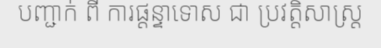
បញ្ជាក់ ពី ការផ្តន្ទាទោស ជា ប្រវត្តិសាស្ត្រ